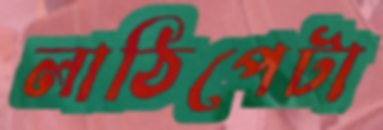
লাঠিপেটা